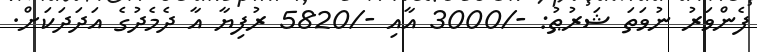
ފެންވަރު ނުވަތަ ޝަރުޠު: -/3000 އާއި -/5820 ރުފިޔާ އާ ދެމެދުގެ އަދަދަކަށް.